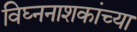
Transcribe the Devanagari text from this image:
विघ्ननाशकांच्या